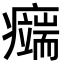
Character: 𤻨